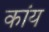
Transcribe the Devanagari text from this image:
कांय